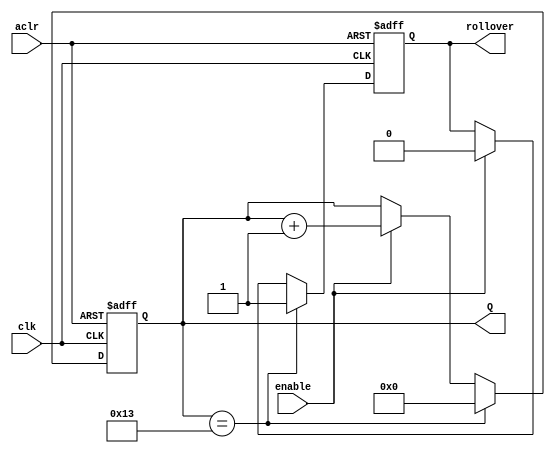
module counter_modulo_k_rollover_0 #(parameter k=20)(
	input enable, aclr, clk,
	output reg[N-1:0] Q,
	output rollover
);

	localparam N = clogb2(k-1);
	
	function integer clogb2(input [31:0] v);
		for (clogb2 = 0; v > 0; clogb2 = clogb2 + 1)
			v = v >> 1;
	endfunction
	
	reg x;
			
	always @(posedge clk, negedge aclr)
	begin
		if (!aclr)
		begin
			Q <= { N{1'b0} };
			x = 0;
		end
		else if (Q == k-1)
		begin
			Q <= { N{1'b0} };
			x = 1;
		end
		else if (enable) 
		begin
			Q <= Q + 1'b1;
			x = 0;
		end
		else 						Q <= Q;
	end
	
	assign rollover = x;

endmodule